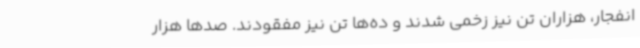
انفجار، هزاران تن نیز زخمی شدند و ده‌ها تن نیز مفقودند. صدها هزار